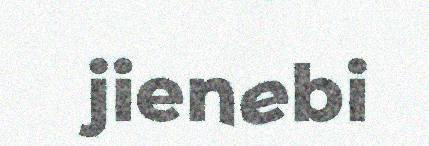
jienebi